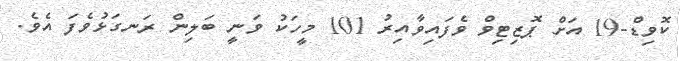
ކޮވިޑް-19 އަށް ޕޮޒިޓިވް ވެފައިވާއިރު 101 މީހަކު ވަނީ ބަލިން ރަނގަޅުވެފަ އެވެ.